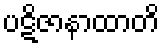
ပဋိဇာနာထာတိ